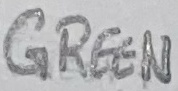
Text: GREEN